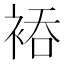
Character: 𮖂